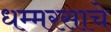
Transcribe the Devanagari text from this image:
धम्मरसाचे